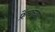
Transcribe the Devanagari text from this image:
फ्रेंचच्या